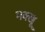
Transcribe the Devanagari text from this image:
मक्खू